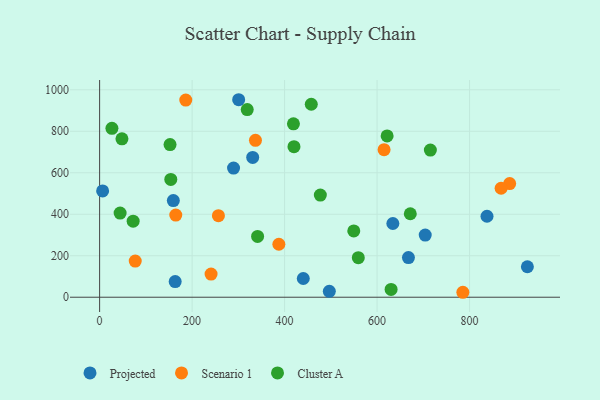
{"axis": {"x": "Distance", "y": "Yield"}, "legend": ["Cluster A", "Projected", "Scenario 1"], "data": [{"x": "634.1", "y": 355.5, "type": "Projected"}, {"x": "331.0", "y": 673.7, "type": "Projected"}, {"x": "300.7", "y": 952.0, "type": "Projected"}, {"x": "289.6", "y": 622.5, "type": "Projected"}, {"x": "704.1", "y": 299.6, "type": "Projected"}, {"x": "837.7", "y": 390.4, "type": "Projected"}, {"x": "159.4", "y": 465.9, "type": "Projected"}, {"x": "925.0", "y": 146.9, "type": "Projected"}, {"x": "496.7", "y": 28.7, "type": "Projected"}, {"x": "6.5", "y": 512.3, "type": "Projected"}, {"x": "667.8", "y": 191.0, "type": "Projected"}, {"x": "440.4", "y": 90.4, "type": "Projected"}, {"x": "163.4", "y": 75.7, "type": "Projected"}, {"x": "387.6", "y": 255.4, "type": "Scenario 1"}, {"x": "886.7", "y": 547.7, "type": "Scenario 1"}, {"x": "77.0", "y": 174.5, "type": "Scenario 1"}, {"x": "337.0", "y": 756.5, "type": "Scenario 1"}, {"x": "868.2", "y": 525.2, "type": "Scenario 1"}, {"x": "164.7", "y": 396.1, "type": "Scenario 1"}, {"x": "785.5", "y": 23.9, "type": "Scenario 1"}, {"x": "241.0", "y": 111.4, "type": "Scenario 1"}, {"x": "186.3", "y": 950.3, "type": "Scenario 1"}, {"x": "256.9", "y": 393.2, "type": "Scenario 1"}, {"x": "615.1", "y": 711.1, "type": "Scenario 1"}, {"x": "549.6", "y": 319.5, "type": "Cluster A"}, {"x": "419.1", "y": 835.9, "type": "Cluster A"}, {"x": "153.9", "y": 567.7, "type": "Cluster A"}, {"x": "26.6", "y": 814.1, "type": "Cluster A"}, {"x": "457.7", "y": 930.3, "type": "Cluster A"}, {"x": "477.3", "y": 492.6, "type": "Cluster A"}, {"x": "630.3", "y": 37.5, "type": "Cluster A"}, {"x": "48.3", "y": 763.5, "type": "Cluster A"}, {"x": "671.8", "y": 402.3, "type": "Cluster A"}, {"x": "621.7", "y": 777.3, "type": "Cluster A"}, {"x": "319.2", "y": 904.3, "type": "Cluster A"}, {"x": "72.5", "y": 366.5, "type": "Cluster A"}, {"x": "341.6", "y": 293.0, "type": "Cluster A"}, {"x": "44.3", "y": 405.6, "type": "Cluster A"}, {"x": "559.4", "y": 190.7, "type": "Cluster A"}, {"x": "420.3", "y": 725.8, "type": "Cluster A"}, {"x": "715.2", "y": 709.5, "type": "Cluster A"}, {"x": "152.3", "y": 735.9, "type": "Cluster A"}]}